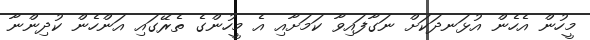
މީހުން އެހެން އުޅަނދަކަށް ނަގާފައިވާ ކަމަށާއި އެ މީހުންގެ ތެރޭގައި އަންހެން ކުދިންނާ